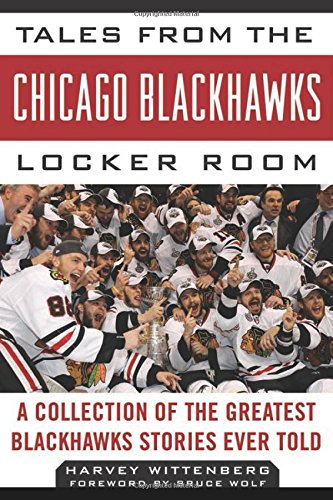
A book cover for Tales from the Chicago Blackhawks Locker Room: A Collection of the Greatest Blackhawks Stories Ever Told (Tales from the Team); Harvey Wittenberg; Sports & Outdoors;